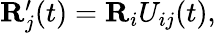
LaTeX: \begin{array}{r}{{\mathbf R}_{j}^{\prime}(t)={\mathbf R}_{i}U_{ij}(t),}\end{array}